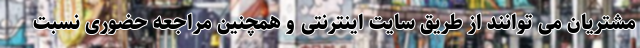
مشتریان می توانند از طریق سایت اینترنتی و همچنین مراجعه حضوری نسبت